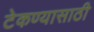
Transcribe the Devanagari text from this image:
टेकण्यासाठी